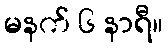
မနက် ၆ နာရီ။